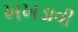
ખખડાવી